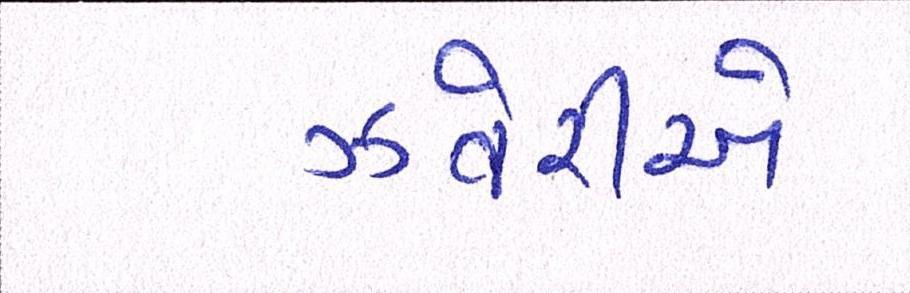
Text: ઝવેરીએ